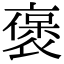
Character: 褒